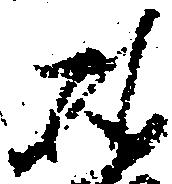
雅